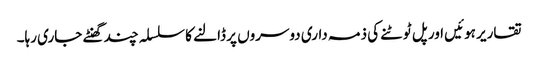
تقاریر ہوئیں اور پل ٹوٹنے کی ذمہ داری دوسروں پر ڈالنے کا سلسلہ چند گھنٹے جاری رہا۔